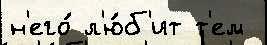
н'его́ л'ю́б'ит т'ем